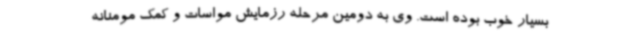
بسیار خوب بوده است. وی به دومین مرحله رزمایش مواسات و کمک مومنانه